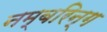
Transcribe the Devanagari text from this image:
नम्बरिन्ग